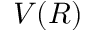
V ( R )